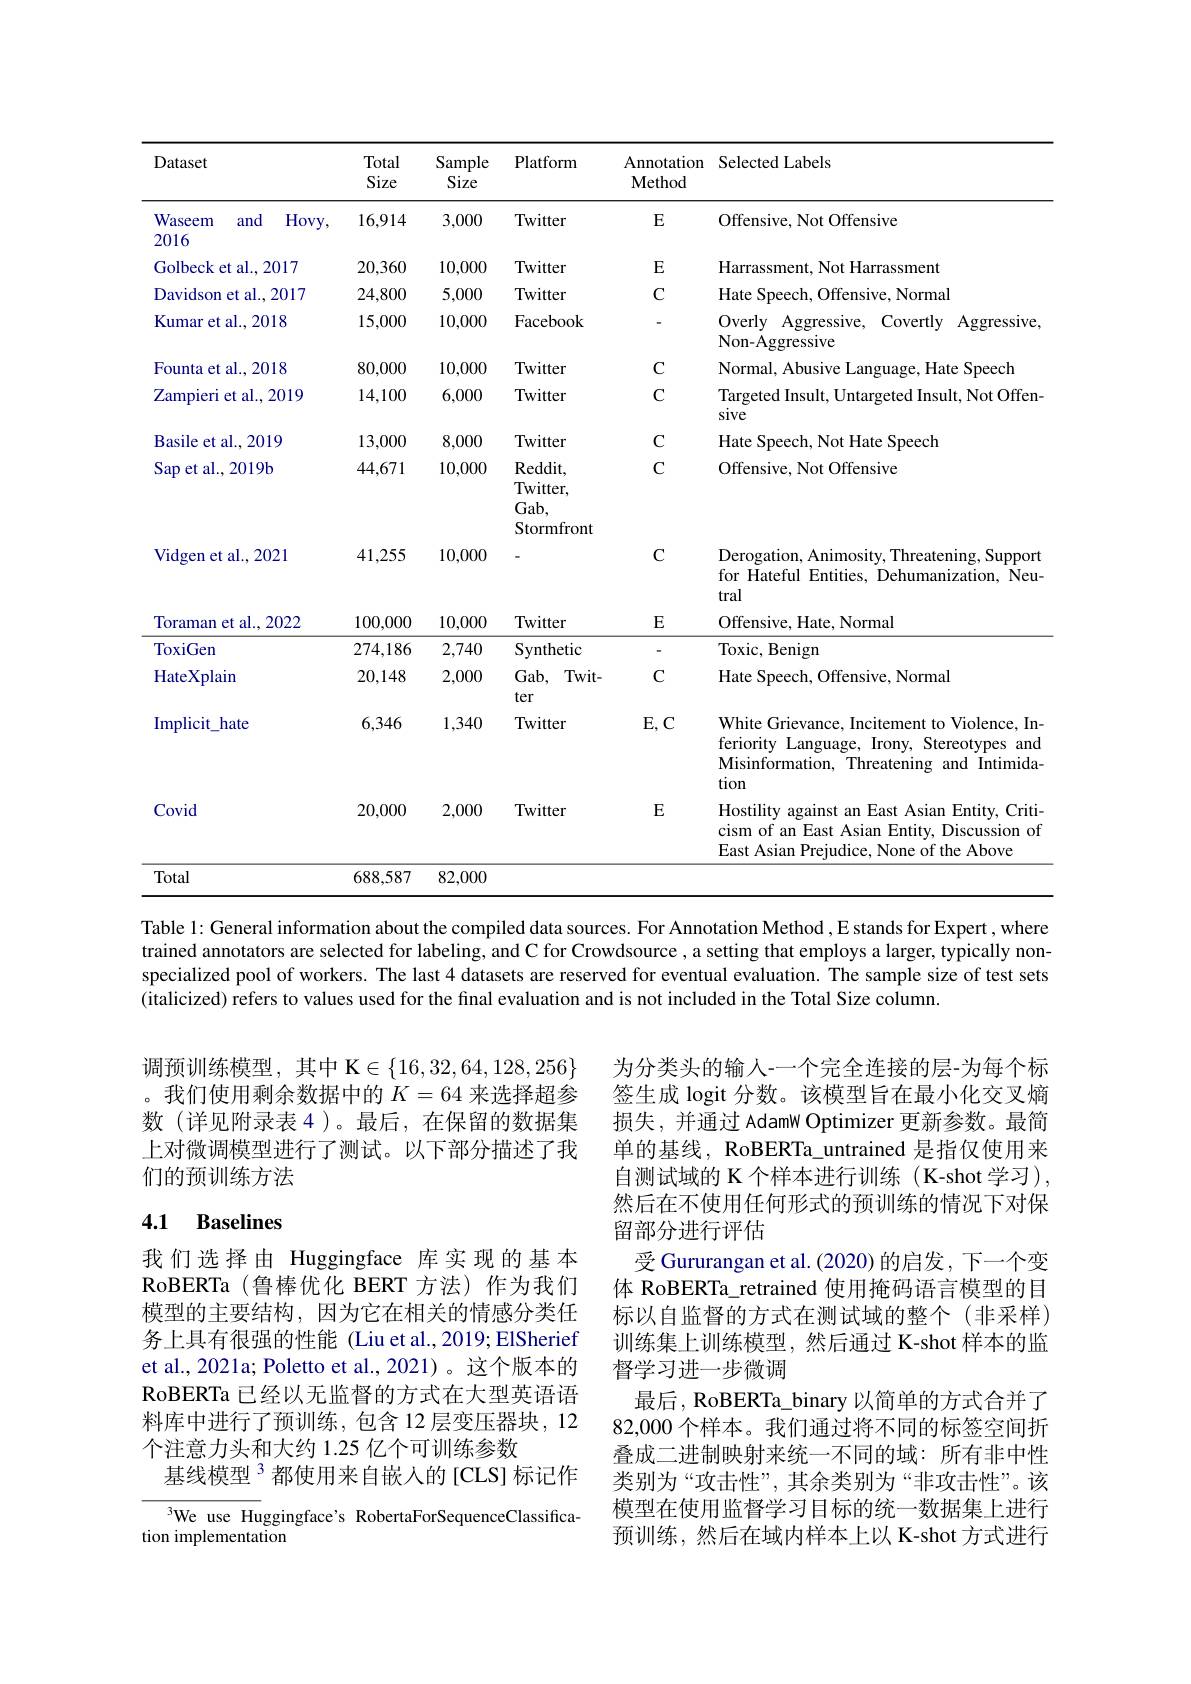
<table>
	<tbody>
		<tr>
			<th>Dataset</th>
			<th>Total Size</th>
			<th>Sample Size</th>
			<th>Platform</th>
			<th>Annotation $\mathbf{Method}$</th>
			<th>Selected Labels</th>
		</tr>
		<tr>
			<td>Waseem and Hovy 2016</td>
			<td>16,914</td>
			<td>3,000</td>
			<td>Twitter</td>
			<td>$E$</td>
			<td>Offensive, Not Offensive</td>
		</tr>
		<tr>
			<td>Golbeck et al., 2017</td>
			<td>20,360</td>
			<td>10,000</td>
			<td>Twitter</td>
			<td>$E$</td>
			<td>Harrassment, Not Harrassment</td>
		</tr>
		<tr>
			<td>Davidson et al., 2017</td>
			<td>24,800</td>
			<td>5,000</td>
			<td>Twitter</td>
			<td>C</td>
			<td>Hate Speech, Offensive, Normal</td>
		</tr>
		<tr>
			<td>Kumar et al., 2018</td>
			<td>15,000</td>
			<td>10,000</td>
			<td>Facebook</td>
			<td> </td>
			<td>Overly Aggressive, Covertly Aggressive, Non-Aggressive</td>
		</tr>
		<tr>
			<td>Founta et al., 2018</td>
			<td>80,000</td>
			<td>10,000</td>
			<td>Twitter</td>
			<td>$C$</td>
			<td>Normal, Abusive Language, Hate Speech</td>
		</tr>
		<tr>
			<td>Zampieri et al.,2019</td>
			<td>14,100</td>
			<td>6,000</td>
			<td>Twitter</td>
			<td>$C$</td>
			<td>Targeted Insult, Untargeted Insult, Not Offen sive</td>
		</tr>
		<tr>
			<td>Basile et al..2019</td>
			<td>13,000</td>
			<td>8,000</td>
			<td>Twitter</td>
			<td>C</td>
			<td>Hate Speech, Not Hate Speech</td>
		</tr>
		<tr>
			<td>$\operatorname{Sap}$et al.,2019b</td>
			<td>44,671</td>
			<td>10,000</td>
			<td>Reddit, Twitter, $Gab$, Stormfront</td>
			<td>C</td>
			<td>Offensive, Not Offensive</td>
		</tr>
		<tr>
			<td>Vidgen et al., 2021</td>
			<td>41,255</td>
			<td>10,000</td>
			<td> </td>
			<td>C</td>
			<td>Derogation, Animosity, Threatening, Support for Hateful Entities, Dehumanization, Neu tral</td>
		</tr>
		<tr>
			<td>Toraman et al., 2022</td>
			<td>100,000</td>
			<td>10,000</td>
			<td>Twitter</td>
			<td>$E$</td>
			<td>Offensive, Hate, Normal</td>
		</tr>
		<tr>
			<td>ToxiGen</td>
			<td>274,186</td>
			<td>2,740</td>
			<td>Synthetic</td>
			<td> </td>
			<td>Toxic, Benigm</td>
		</tr>
		<tr>
			<td>HateXplaim</td>
			<td>20,148</td>
			<td>2,000</td>
			<td>$Gab$, $Twit-$ ter</td>
			<td>C</td>
			<td>Hate Speech, Offensive, Normal</td>
		</tr>
		<tr>
			<td>Implicit$\_$hate</td>
			<td>6,346</td>
			<td>1,340</td>
			<td>Twitter</td>
			<td>$E,C$</td>
			<td>White Grievance, Incitement to Violence, In feriority Language, Irony, Stereotypes and Misinformation, Threatening and Intimida tion</td>
		</tr>
		<tr>
			<td>Covid</td>
			<td>20,000</td>
			<td>2,000</td>
			<td>Twitter</td>
			<td>E</td>
			<td>Hostility against an East Asian Entity, Criti cism of an East Asian Entity, Discussion of East Asian Prejudice, None of the Above</td>
		</tr>
	</tbody>
</table>

Table 1: General information about the compiled data sources. For Annotation Method , E stands for Expert , where trained annotators are selected for labeling, and C for Crowdsource, a setting that employs a larger, typically nonspecialized pool of workers. The last 4 datasets are reserved for eventual evaluation. The sample size of test sets (italicized) refers to values used for the final evaluation and is not included in the Total Size column.

调预训练模型，其中 K$\in\{16,32,64,128,256\}$ 。我们使用剩余数据中的$K=64$来选择超参数(详见附录表4)。最后，在保留的数据集上对微调模型进行了测试。以下部分描述了我们的预训练方法

## 4.1 Baselines

为分类头的输人-一个完全连接的层-为每个标签生成 logit 分数。该模型旨在最小化交叉熵损失，并通过 AdamW Optimizer 更新参数。最简单的基线，RoBERTa\_untrained 是指仅使用来自测试域的 K 个样本进行训练 ( K-shot 学习), 然后在不使用任何形式的预训练的情况下对保留部分进行评估
受 Gururangan et al. (2020) 的启发，下一个变体 RoBERTa\_retrained 使用掩码语言模型的目标以自监督的方式在测试域的整个(非采样) 训练集上训练模型，然后通过 K-shot 样本的监督学习进一步微调
最后，RoBERTa\_binary 以简单的方式合并了82,000 个样本。我们通过将不同的标签空间折叠成二进制映射来统一不同的域：所有非中性类别为“攻击性”,其余类别为“非攻击性”。该模型在使用监督学习目标的统一数据集上进行预训练，然后在域内样本上以 K-shot 方式进行

我们选择由 Huggingface 库实现的基本RoBERTa (鲁棒优化 BERT 方法)作为我们模型的主要结构，因为它在相关的情感分类任务上具有很强的性能 (Liu et al.,2019; ElSherief et al., 2021a; Poletto et al., 2021)。这个版本的RoBERTa 已经以无监督的方式在大型英语语料库中进行了预训练，包含 12 层变压器块，12个注意力头和大约 1.25 亿个可训练参数
基线模型$^{3}$都使用来自嵌入的[CLS]标记作

We use Huggingface's RobertaForSequenceClassifica-
tion implementation